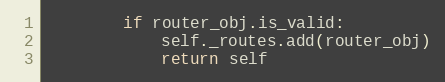
Language: Python
        if router_obj.is_valid:
            self._routes.add(router_obj)
            return self